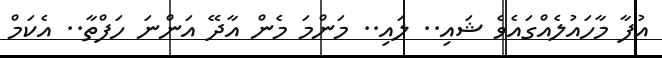
އުފާ މާހައުލެއްގައެވެ ޝައި.. ލައި.. މަންމަ މެން އާދޭ އަންނަ ހަފްތާ.. އެކަމް